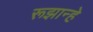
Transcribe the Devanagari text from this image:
रूझान्हे